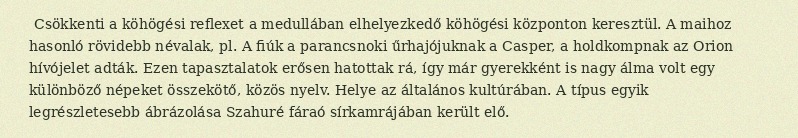
Csökkenti a köhögési reflexet a medullában elhelyezkedő köhögési központon keresztül. A maihoz hasonló rövidebb névalak, pl. A fiúk a parancsnoki űrhajójuknak a Casper, a holdkompnak az Orion hívójelet adták. Ezen tapasztalatok erősen hatottak rá, így már gyerekként is nagy álma volt egy különböző népeket összekötő, közös nyelv. Helye az általános kultúrában. A típus egyik legrészletesebb ábrázolása Szahuré fáraó sírkamrájában került elő.